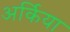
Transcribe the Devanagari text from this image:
अर्किया